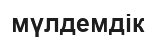
мүлдемдік